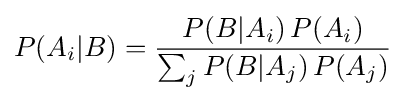
P(A_{i}|B)={\frac {P(B|A_{i})\,P(A_{i})}{\sum _{j}P(B|A_{j})\,P(A_{j})}}